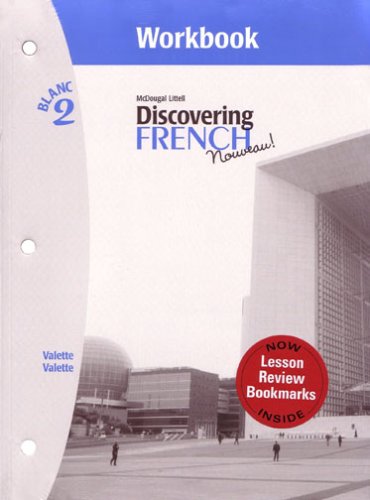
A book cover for Discovering French, Nouveau!: Workbook with Lesson Review Bookmarks Level 2; MCDOUGAL LITTEL; Teen & Young Adult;